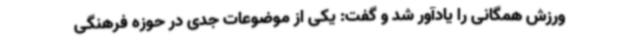
ورزش همگانی را یادآور شد و گفت: یکی از موضوعات جدی در حوزه فرهنگی